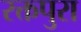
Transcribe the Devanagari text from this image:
रक्तपुरा